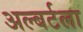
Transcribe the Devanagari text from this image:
अल्बर्टला